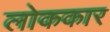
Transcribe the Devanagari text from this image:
लोककार